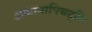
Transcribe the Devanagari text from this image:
अकामापिचट्लि